Eesti_Esindaja_Kaug-Idas_ja_Hiinas, lk 15
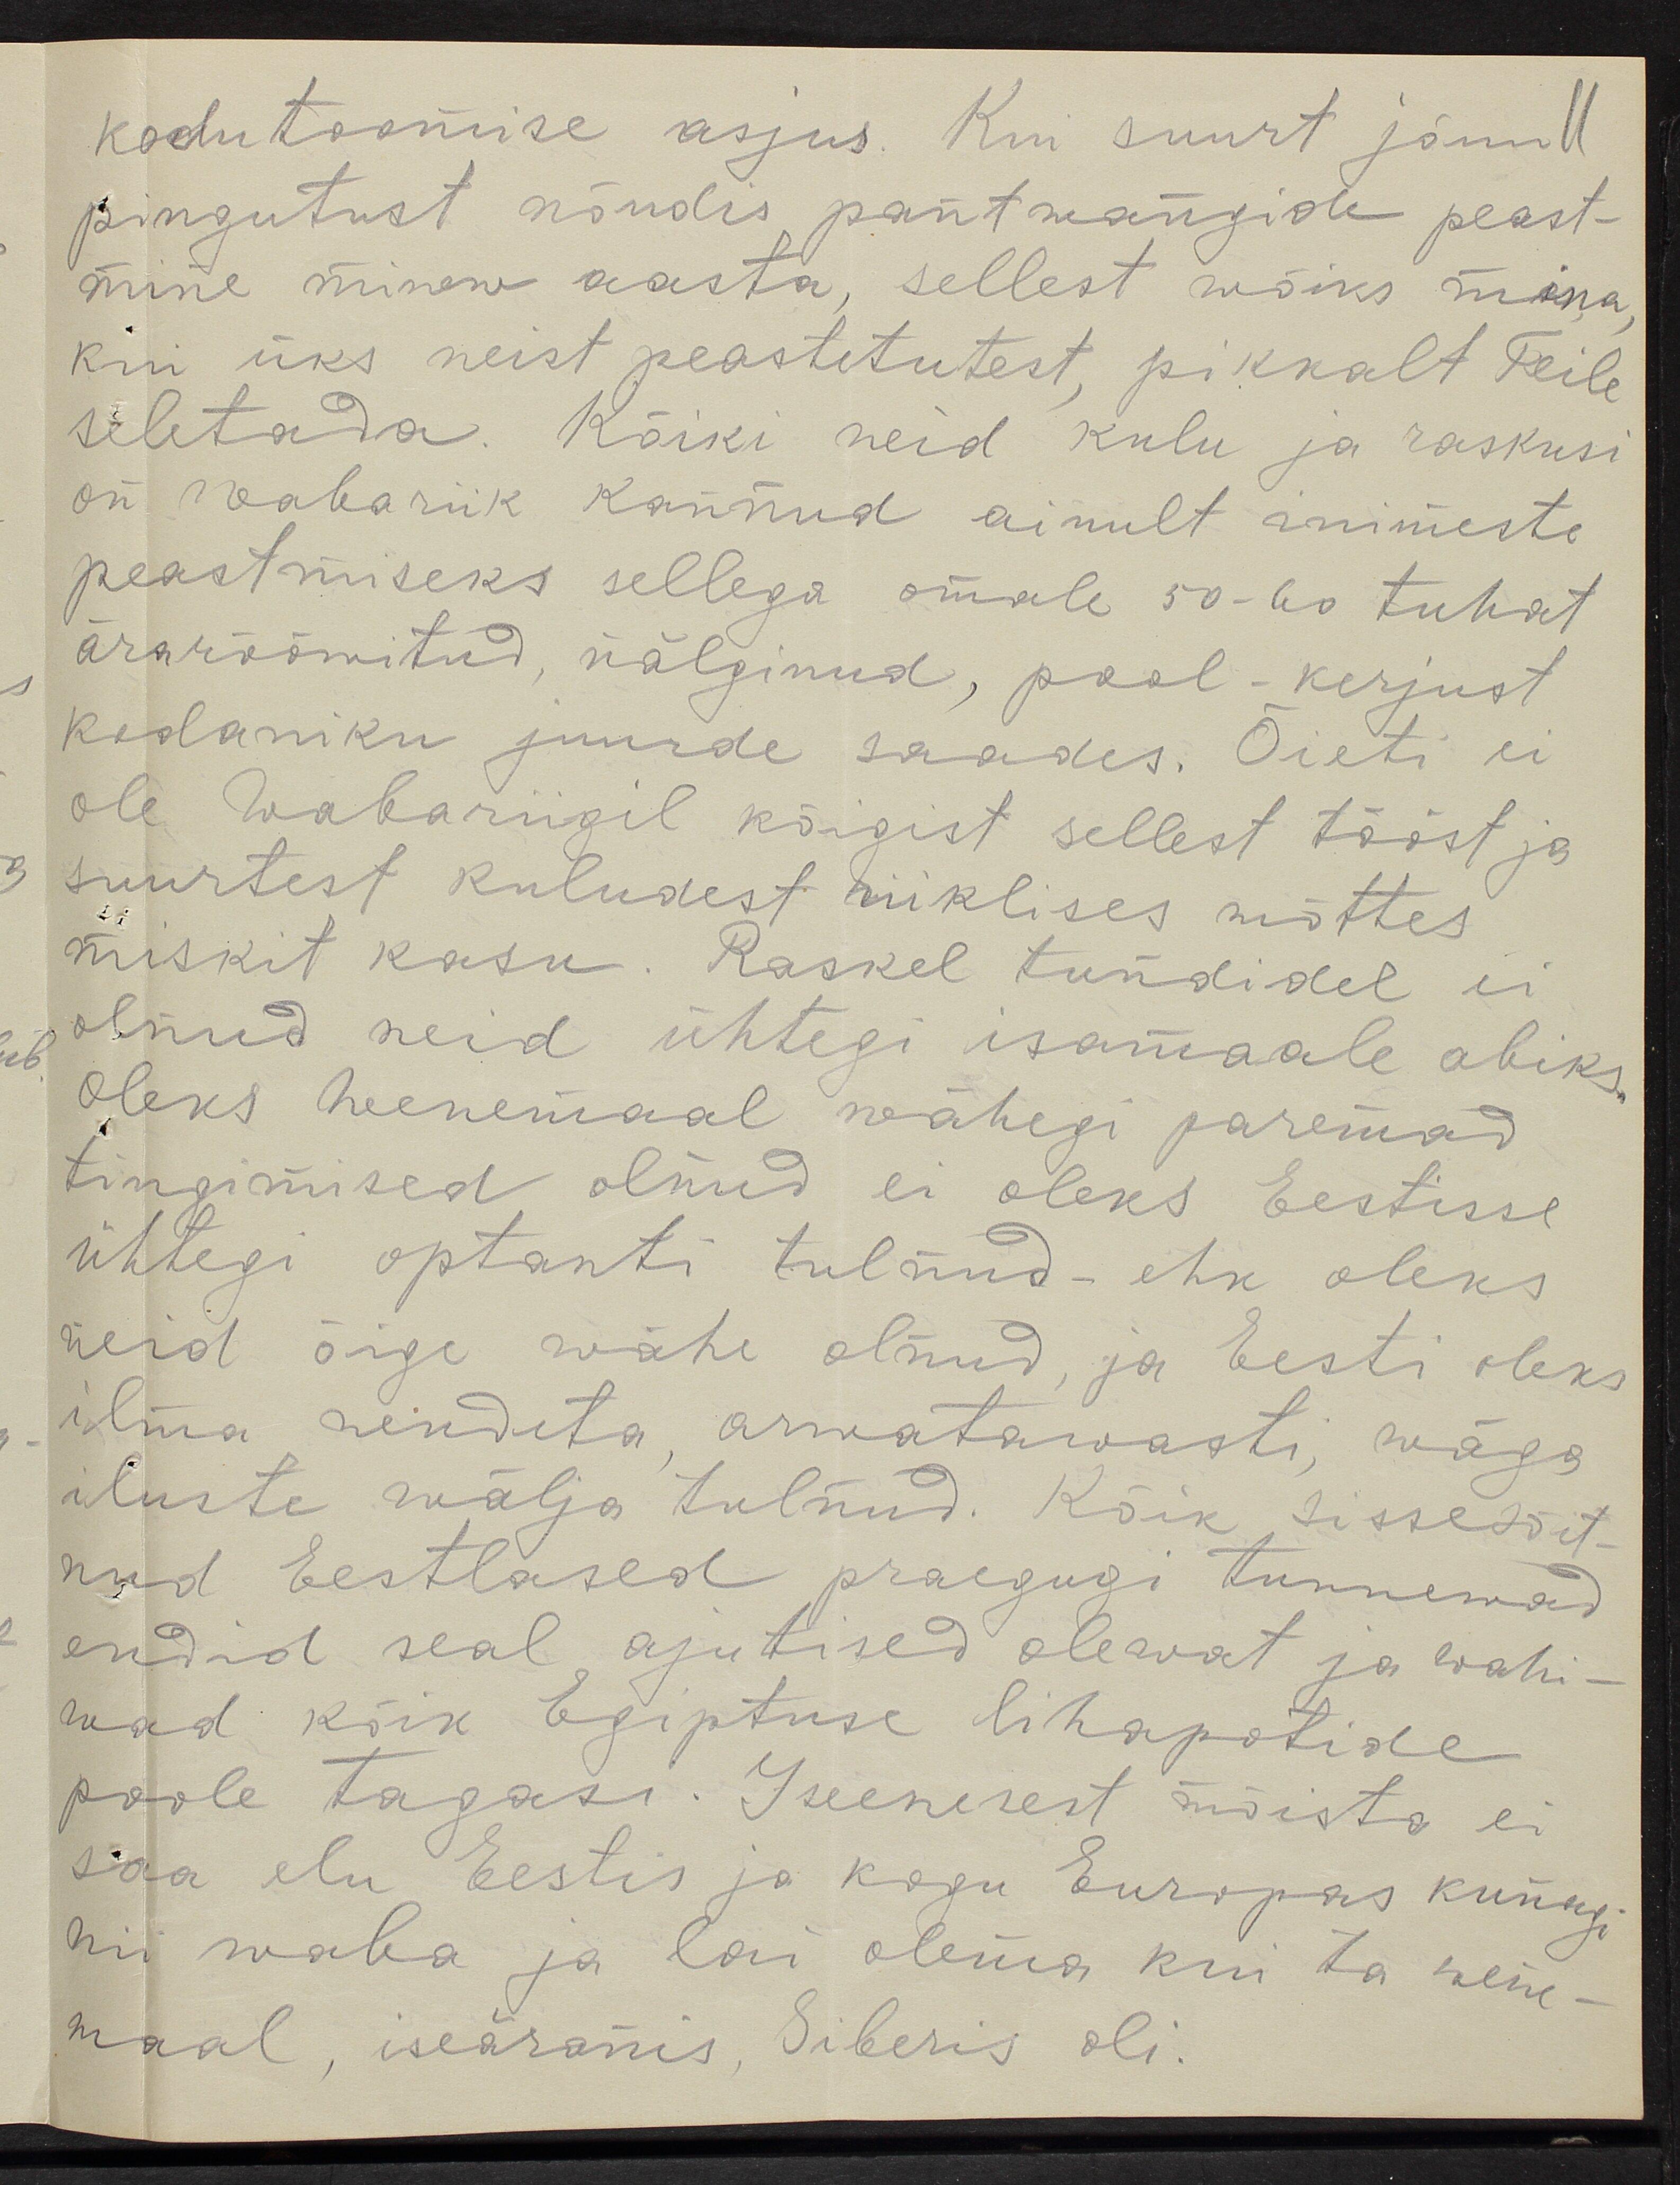
kodutoomise asjus. Kui suurt jõuu
pingutust nõudis pantwangide peast-
mine minew aasta, sellest wõiks mina
kui üks neist peastetutest pikkalt Teile
seletada. Kõiki neid kulu ja raskusi
on wabariik kannud ainult inimeste
peastmiseks sellega omale 50-60 tuhat
ärarööwitud, nälginud, pool-kerjust
kodaniku juurde saades. Õieti ei
ole wabariigil kõigist sellest tööst ja
suurtest kuludest riiklises mõttes
miskit kasu. Raskel tundidel ei
olnud neid ühtegi isamaale abiks
Oleks Wenemaal wähegi paremad
tingimised olnud ei oleks Eestisse
ühtegi optanti tulnud- ehk oleks
neid õige wähe olnud, ja Eesti oleks
ilma nendeta arwatawasti wäga
iluste wälja tulnud. Kõik sissesõit
nud Eestlased praegugi tunnewad
endid seal ajutised olewat ja wahi-
wad kõik Egiptuse lihapotide
poole tagasi. Iseenesest mõista ei
saa elu Eestis ja kogu Europas kunagi
nii waba ja lai olema kui ta Wene-
maal, iseäranis, Siberis oli.